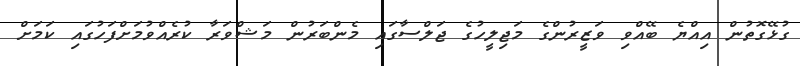
ގުޅޭގޮތުން އިއްޔެ ބޭއްވި ވަޒީރުންގެ މަޖިލީހުގެ ޖަލްސާގައި މެންބަރުން މަޝްވަރާ ކުރެއްވުމަށްފަހުގައި ކަމަށް